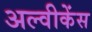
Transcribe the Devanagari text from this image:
अल्वीकेंस